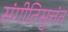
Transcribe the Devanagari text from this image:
संगीतिसुत्तंत